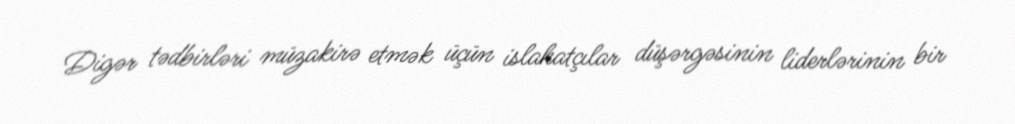
Digər tədbirləri müzakirə etmək üçün islahatçılar düşərgəsinin liderlərinin bir